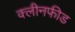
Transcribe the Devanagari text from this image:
क्लीनफीड